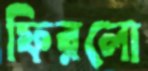
ফিরলো